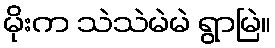
မိုးက သဲသဲမဲမဲ ရွာမြဲ။